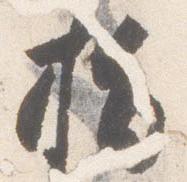
指